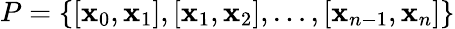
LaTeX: P=\left\{ [\mathbf{x}_{0},\mathbf{x}_{1}],[\mathbf{x}_{1},\mathbf{x}_{2}],\dots,[\mathbf{x}_{n-1},\mathbf{x}_{n}]\right\}